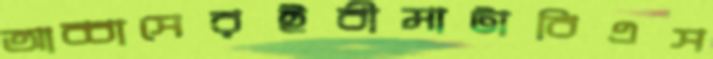
আব্বাসেরইবীমাটাবিএস